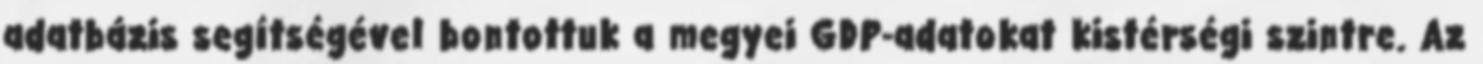
adatbázis segítségével bontottuk a megyei GDP-adatokat kistérségi szintre. Az